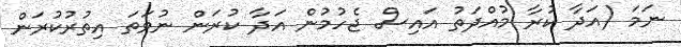
ނަމަ (އަދާ ކުރާ މުއްދަތު އައިސް ޖެހުމުން އަދާ ކުރަން ނުވަތަ އިތުރުކުރަން